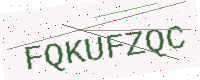
Text: FQKUFZQC